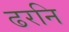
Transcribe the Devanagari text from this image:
ढरनि